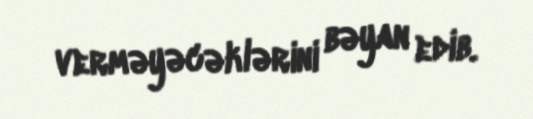
verməyəcəklərini bəyan edib.